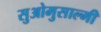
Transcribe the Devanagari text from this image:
सुओमुसाल्मी